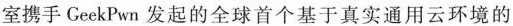
室携手 GeekPwn 发起的全球首个基于真实通用云环境的